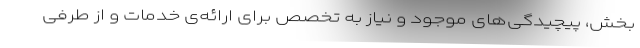
بخش‌، پیچیدگی‌های موجود و نیاز به تخصص برای ارائه‌ی خدمات و از طرفی